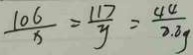
\frac { 1 0 6 } { x } = \frac { 1 1 7 } { y } = \frac { 4 4 } { 8 . 8 g }